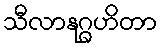
သီလာနုဂ္ဂဟိတာ